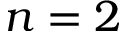
n = 2